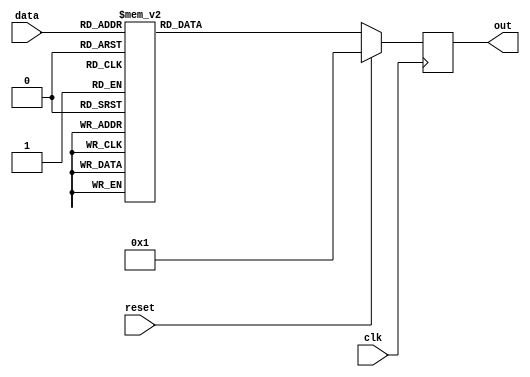
module out_l(      
							input    wire             reset,
							input    wire             clk,
                     input    wire    [3:0]    data,
                     output   reg     [6:0]    out
                                       
);


always @(posedge clk) begin
	if (reset) begin
		out <= 1;
	end else begin	
		case (data)	
			0:  out <= 7'b0000001;  
			1:  out <= 7'b1001111; 
			2:  out <= 7'b0010010; 
			3:  out <= 7'b0000110; 
			4:  out <= 7'b1001100; 
			5:  out <= 7'b0100100; 
			6:  out <= 7'b0100000;  
			7:  out <= 7'b0001111; 
			8:  out <= 7'b0000000;  
			9:  out <= 7'b0000100;			   				
			default 
				 out   <= 7'b0000001; 
		endcase
	end
end

endmodule